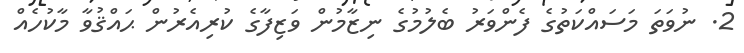
2. ނުވަތަ މަސައްކަތުގެ ފެންވަރު ބެލުމުގެ ނިޒާމުން ވަޒިފާގެ ކުރިއެރުން ޙައްޤުވާ މާކުހެއް